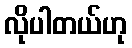
လိုပါတယ်ဟု